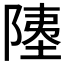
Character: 𫕇